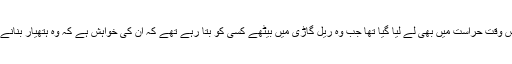
ایک مرتبہ وینر ونبراؤن کو مختصر وقت کے لیے اس وقت حراست میں بھی لے لیا گیا تھا جب وہ ریل گاڑی میں بیٹھے کسی کو بتا رہے تھے کہ ان کی خواہش ہے کہ وہ ہتھیار بنانے کی بجائے خلاء میں جانے والا جہاز یا گاڑی بنائیں۔